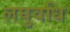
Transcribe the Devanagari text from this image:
लघुवधि